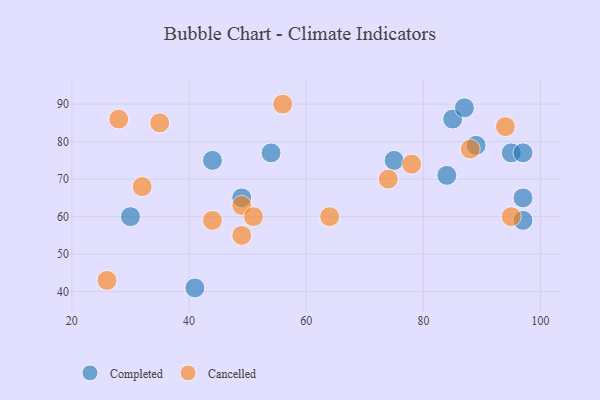
{"axis": {"x": "GDP", "y": "Life Expectancy"}, "legend": ["Cancelled", "Completed"], "data": [{"x": "95", "y": 77, "type": "Completed"}, {"x": "75", "y": 75, "type": "Completed"}, {"x": "85", "y": 86, "type": "Completed"}, {"x": "97", "y": 77, "type": "Completed"}, {"x": "41", "y": 41, "type": "Completed"}, {"x": "87", "y": 89, "type": "Completed"}, {"x": "49", "y": 65, "type": "Completed"}, {"x": "97", "y": 59, "type": "Completed"}, {"x": "84", "y": 71, "type": "Completed"}, {"x": "44", "y": 75, "type": "Completed"}, {"x": "89", "y": 79, "type": "Completed"}, {"x": "30", "y": 60, "type": "Completed"}, {"x": "54", "y": 77, "type": "Completed"}, {"x": "97", "y": 65, "type": "Completed"}, {"x": "64", "y": 60, "type": "Cancelled"}, {"x": "78", "y": 74, "type": "Cancelled"}, {"x": "95", "y": 60, "type": "Cancelled"}, {"x": "49", "y": 63, "type": "Cancelled"}, {"x": "51", "y": 60, "type": "Cancelled"}, {"x": "88", "y": 78, "type": "Cancelled"}, {"x": "94", "y": 84, "type": "Cancelled"}, {"x": "74", "y": 70, "type": "Cancelled"}, {"x": "26", "y": 43, "type": "Cancelled"}, {"x": "28", "y": 86, "type": "Cancelled"}, {"x": "35", "y": 85, "type": "Cancelled"}, {"x": "49", "y": 55, "type": "Cancelled"}, {"x": "56", "y": 90, "type": "Cancelled"}, {"x": "32", "y": 68, "type": "Cancelled"}, {"x": "44", "y": 59, "type": "Cancelled"}]}